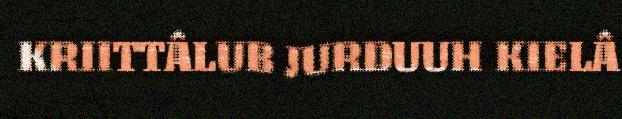
KRIITTÂLUB JURDUUH KIELÂ